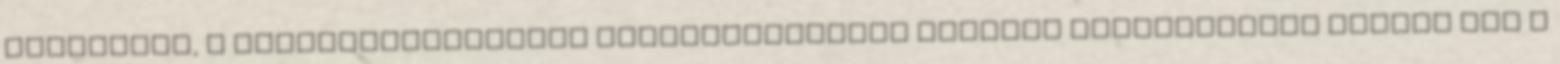
munkatárs, a Tudománytörténeti Vándorkiállítás ügyvivő koordinátora nyitja meg a